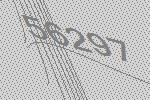
56297